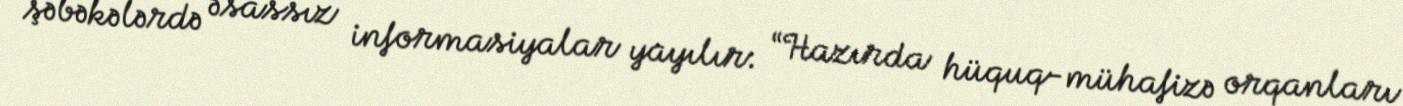
şəbəkələrdə əsassız informasiyalar yayılır: “Hazırda hüquq-mühafizə orqanları